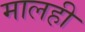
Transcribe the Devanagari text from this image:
मालही